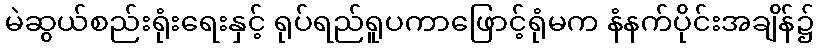
မဲဆွယ်စည်းရုံးရေးနှင့် ရုပ်ရည်ရူပကာဖြောင့်ရုံမက နံနက်ပိုင်းအချိန်၌